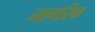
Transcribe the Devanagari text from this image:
नागरिक